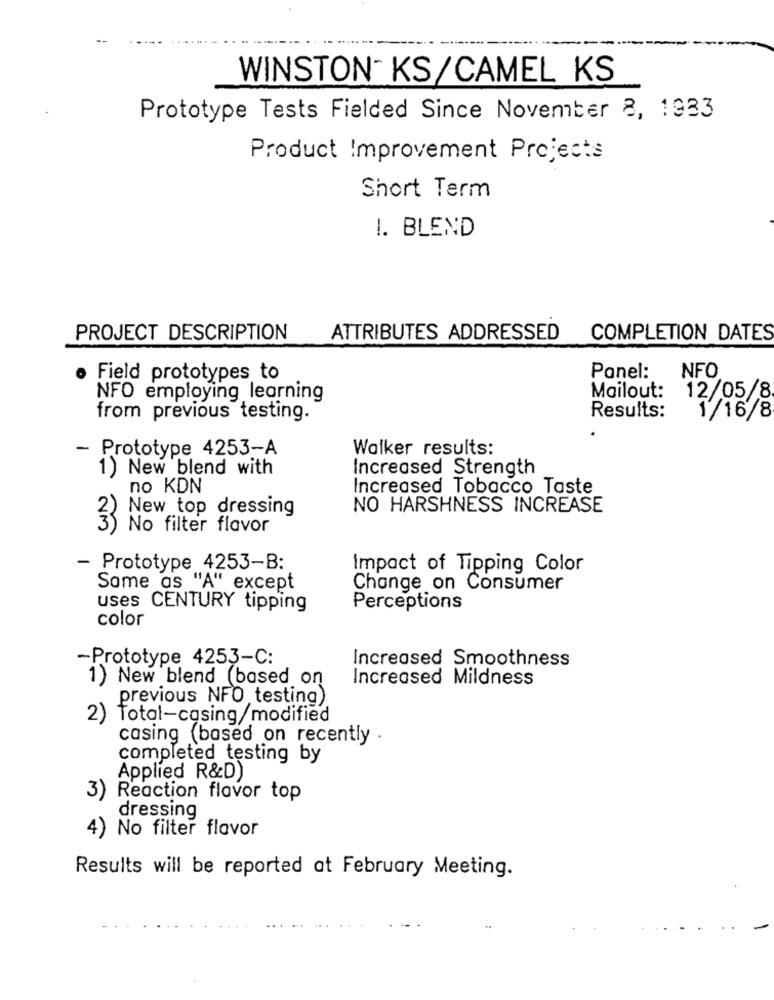
WINSTON- KS/CAMEL KS
Prototype Tests Fielded Since November 8, 1933
Product Improvement Projects
Short Term
I. BLEND
PROJECT DESCRIPTION
ATTRIBUTES ADDRESSED
COMPLETION DATES
NFO
Field prototypes to
Panel:
NFO employing learning
Mailout:
12/05/8
from previous testing.
Results:
1/16/8
- Prototype 4253-A
Walker results:
1) New blend with
Increased Strength
no KDN
Increased Tobacco Taste
New top dressing
NO HARSHNESS INCREASE
No filter flavor
I AM
- Prototype 4253-B:
Impact of Tipping Color
Same as "A" except
Change on Consumer
uses CENTURY tipping
Perceptions
color
-Prototype 4253-C:
Increased Smoothness
1) New blend (based on
Increased Mildness
previous NFO testing)
2)
Total-casing/modified
casing (based on recently .
completed testing by
Applied R&D)
3) Reaction flavor top
dressing
4) No filter flavor
Results will be reported at February Meeting.